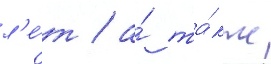
л'е́т / а́ та́кже